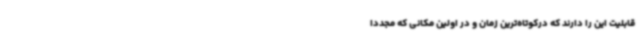
قابلیت این را دارند که درکوتاه‌ترین زمان و در اولین مکانی که مجددا